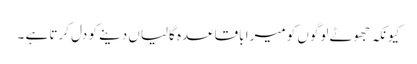
کیونکہ جھوٹے لوگوں کو میرا باقاعدہ گالیاں دینے کو دل کرتا ہے ۔